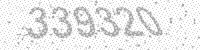
Solution: 339320